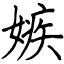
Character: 嫉